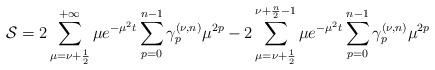
LaTeX: \begin{align*}\mathcal{S}=2\sum\limits_{\mu =\nu +\frac{1}{2}}^{+\infty }\mu e^{-\mu^{2}t}\sum\limits_{p=0}^{n-1}\gamma _{p}^{(\nu ,n)}\mu^{2p}-2\sum\limits_{\mu =\nu +\frac{1}{2}}^{\nu +\frac{n}{2}-1}\mu e^{-\mu^{2}t}\sum\limits_{p=0}^{n-1}\gamma _{p}^{(\nu ,n)}\mu ^{2p} \end{align*}